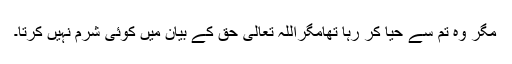
مگر وہ تم سے حیا کر رہا تھامگراللہ تعالیٰ حق کے بیان میں کوئی شرم نہیں کرتا۔